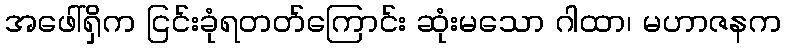
အဖေါ်ရှိက ငြင်းခုံရတတ်ကြောင်း ဆုံးမသော ဂါထာ၊ မဟာဇနက